Manual of vaccination for the United Provinces of Agra and Oudh -
Year: 1903
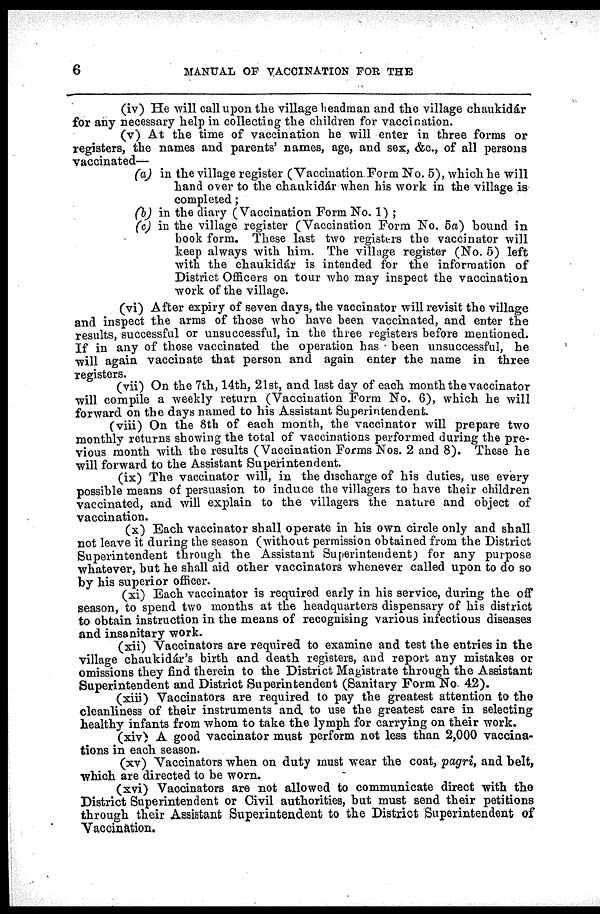
6
MANUAL OF VACCINATION FOR THE
(iv) He will call upon the village headman and the village chaukidár
for any necessary help in collecting the children for vaccination.
(v) At the time of vaccination he will enter in three forms or
registers, the names and parents' names, age, and sex, &c., of all persons
vaccinated—
(a) in the village register (Vaccination Form No. 5), which he will
hand over to the chaukidár when his work in the village is
completed;
(b) in the diary (Vaccination Form No. 1) ;
(c) in the village register (Vaccination Form No. 5a) bound in
book form. These last two registers the vaccinator will
keep always with him. The village register (No. 5) left
with the chaukidár is intended for the information of
District Officers on tour who may inspect the vaccination
work of the village.
(vi) After expiry of seven days, the vaccinator will revisit the village
and inspect the arms of those who have been vaccinated, and enter the
results, successful or unsuccessful, in the three registers before mentioned.
If in any of those vaccinated the operation has been unsuccessful, he
will again vaccinate that person and again enter the name in three
registers.
(vii) On the 7th, 14th, 21st, and last day of each month the vaccinator
will compile a weekly return (Vaccination Form No. 6), which he will
forward on the days named to his Assistant Superintendent.
(viii) On the 8th of each month, the vaccinator will prepare two
monthly returns showing the total of vaccinations performed during the pre-
vious month with the results (Vaccination Forms Nos. 2 and 8). These he
will forward to the Assistant Superintendent.
(ix) The vaccinator will, in the discharge of his duties, use every
possible means of persuasion to induce the villagers to have their children
vaccinated, and will explain to the villagers the nature and object of
vaccination.
(x) Each vaccinator shall operate in his own circle only and shall
not leave it during the season (without permission obtained from the District
Superintendent through the Assistant Superintendent) for any purpose
whatever, but he shall aid other vaccinators whenever called upon to do so
by his superior officer.
(xi) Each vaccinator is required early in his service, during the off
season, to spend two months at the headquarters dispensary of his district
to obtain instruction in the means of recognising various infectious diseases
and insanitary work.
(xii) Vaccinators are required to examine and test the entries in the
village chaukidár's birth and death registers, and report any mistakes or
omissions they find therein to the District Magistrate through the Assistant
Superintendent and District Superintendent (Sanitary Form No 42).
(xiii) Vaccinators are required to pay the greatest attention to the
cleanliness of their instruments and to use the greatest care in selecting
healthy infants from whom to take the lymph for carrying on their work.
(xiv) A good vaccinator must perform not less than 2,000 vaccina-
tions in each season.
(xv) Vaccinators when on duty must wear the coat, pagri, and belt,
which are directed to be worn.
(xvi) Vaccinators are not allowed to communicate direct with the
District Superintendent or Civil authorities, but must send their petitions
through their Assistant Superintendent to the District Superintendent of
Vaccination.